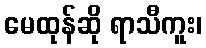
မေထုန်ဆို ရာသီကူး၊